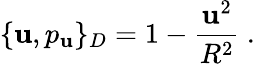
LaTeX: \{ \mathbf{u},p_{\mathbf{u}}\} _{D}=1-\frac{{\mathbf{u}^{2}}}{{R^{2}}}\ .